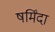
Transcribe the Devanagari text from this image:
षर्मिंदा